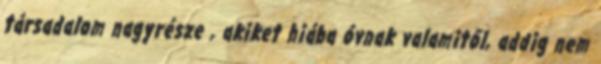
társadalom nagyrésze , akiket hiába óvnak valamitől, addig nem